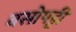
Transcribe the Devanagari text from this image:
बसोपट्टी